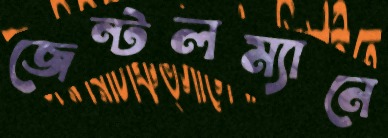
জেন্টলম্যানে